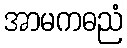
အာမကဓညံ